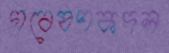
গবেষণকদল